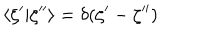
\langle \zeta ^ { \prime } | \zeta ^ { \prime \prime } \rangle = \delta ( \zeta ^ { \prime } - \zeta ^ { \prime \prime } )